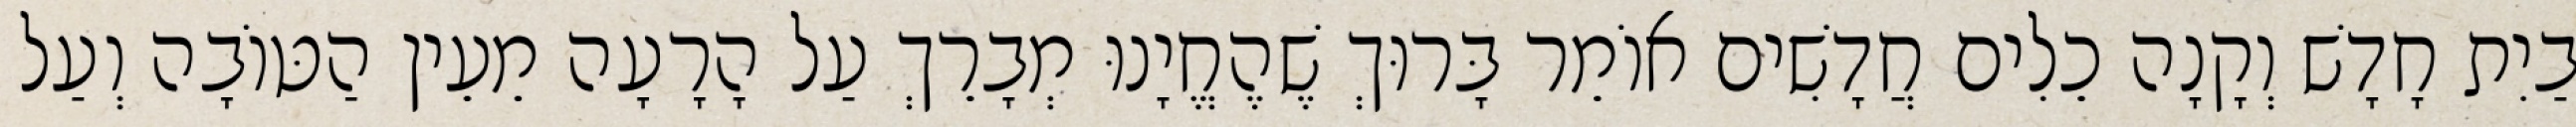
בַיִת חָדָשׁ וְקָנָה כֵלִים חֲדָשִׁים אוֹמֵר בָּרוּךְ שֶׁהֶחֱיָנוּ מְבָרֵךְ עַל הָרָעָה מֵעֵין הַטּוֹבָה וְעַל